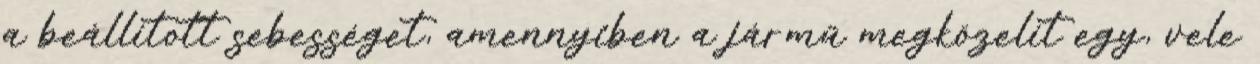
a beállított sebességet, amennyiben a jármű megközelít egy, vele